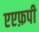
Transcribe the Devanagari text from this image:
एएफ़पी